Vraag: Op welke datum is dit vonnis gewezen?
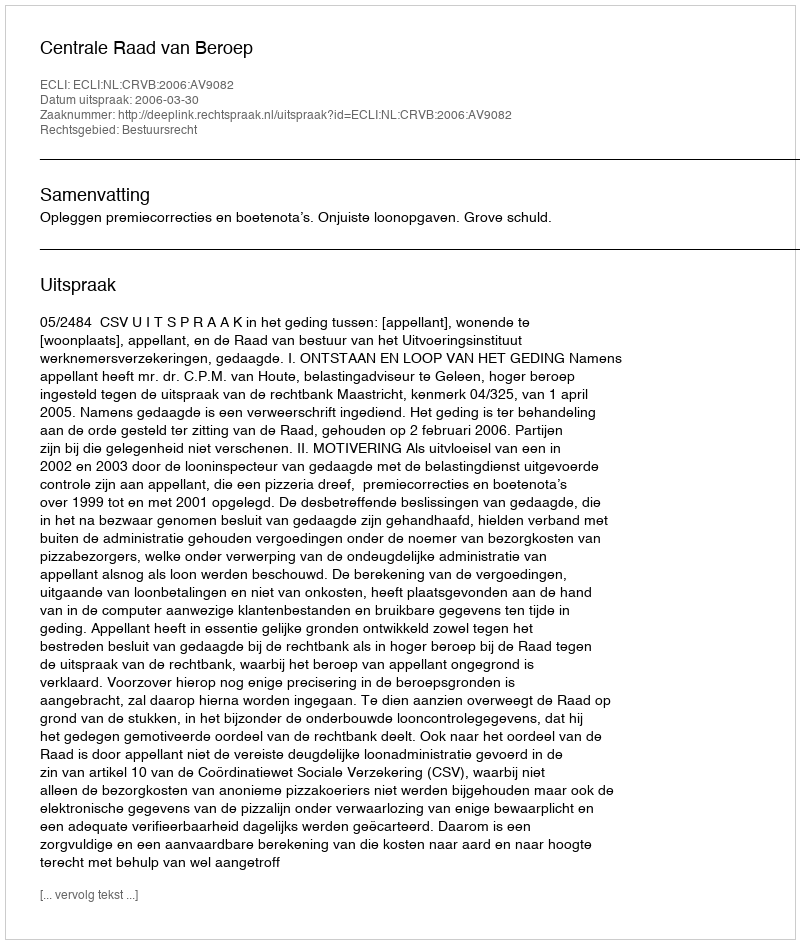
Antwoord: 2006-03-30